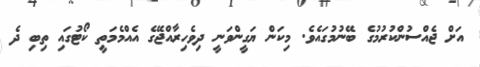
އަށް ޖެއްސުންކުރުމުގެ ބޭނުމުގައެވެ. މިކަން ޔަގީންވަނީ ދިވެހިރާއްޖޭގެ އެއްމެމަތީ ކޯޓުގައި ތިބި ދެ